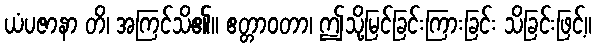
ယံပဇာနာ တိ၊ အကြင်သိ၏။ ဧတ္တာဝတာ၊ ဤသို့မြင်ခြင်းကြားခြင်း သိခြင်းဖြင့်။